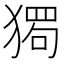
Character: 𰡡